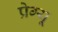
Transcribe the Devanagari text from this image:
प्रेग्यू